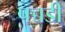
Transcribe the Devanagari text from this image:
पच्चडी